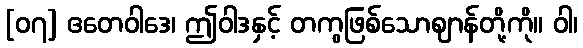
[၀၇] ဧတေဝါဒေ၊ ဤဝါဒနှင့် တကွဖြစ်သောဈာန်တို့ကို။ ဝါ၊